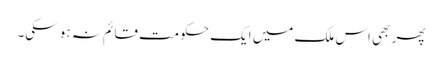
پھر بھی اس ملک میں ایک حکومت قائم نہ ہو سکی۔